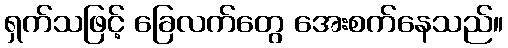
ရှက်သဖြင့် ခြေလက်တွေ အေးစက်နေသည်။